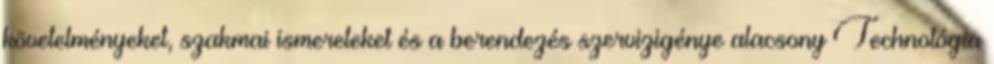
követelményeket, szakmai ismereteket és a berendezés szervizigénye alacsony Technológia